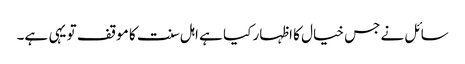
سائل نے جس خیال کا اظہار کیا ہے اہل سنت کا موقف تو یہی ہے۔